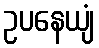
ဥပနေယျံ